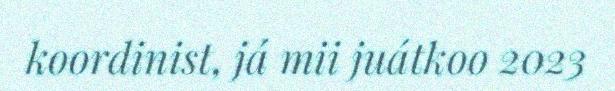
koordinist, já mii juátkoo 2023